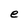
Character: e